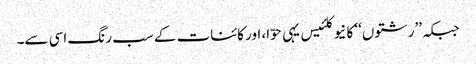
جبکہ ’’رشتوں‘‘ کا نیوکلئیس یہی حوّا، اور کائنات کے سب رنگ اسی سے۔